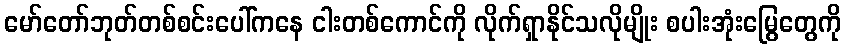
မော်တော်ဘုတ်တစ်စင်းပေါ်ကနေ ငါးတစ်ကောင်ကို လိုက်ရှာနိုင်သလိုမျိုး စပါးအုံးမြွေတွေကို